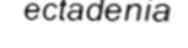
ectadenia